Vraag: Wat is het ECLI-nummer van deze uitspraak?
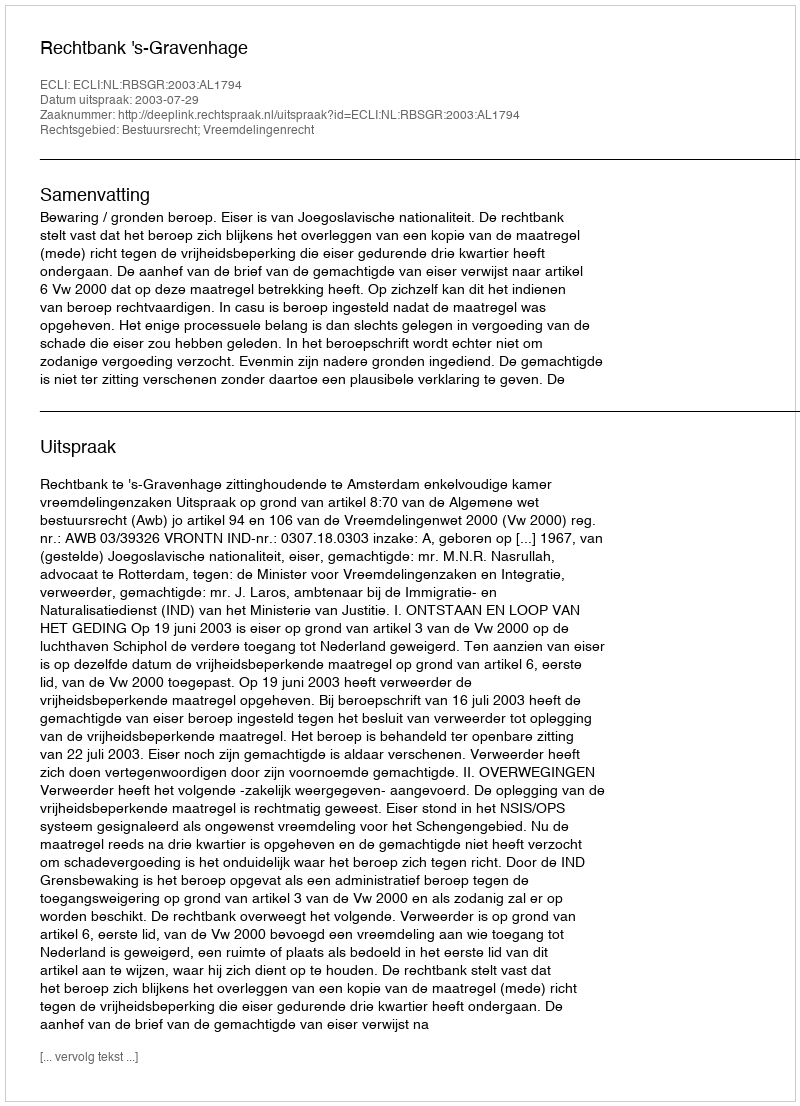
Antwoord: ECLI:NL:RBSGR:2003:AL1794